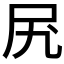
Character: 𫝲